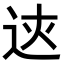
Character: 𨒏